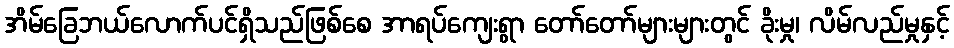
အိမ်ခြေဘယ်လောက်ပင်ရှိသည်ဖြစ်စေ အာရပ်ကျေးရွာ တော်တော်များများတွင် ခိုးမှု၊ လိမ်လည်မှုနှင့်